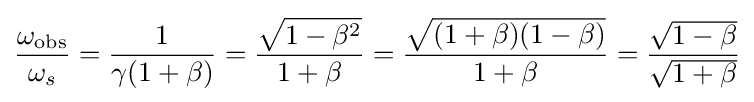
{\frac {\omega _{\mathrm {obs} }}{\omega _{s}}}={\frac {1}{\gamma (1+\beta )}}={\frac {\sqrt {1-\beta ^{2}}}{1+\beta }}={\frac {\sqrt {(1+\beta )(1-\beta )}}{1+\beta }}={\frac {\sqrt {1-\beta }}{\sqrt {1+\beta }}}